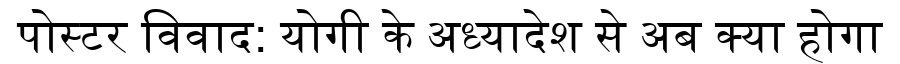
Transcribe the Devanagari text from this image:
पोस्टर विवाद: योगी के अध्यादेश से अब क्या होगा